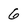
Character: 6